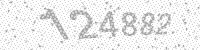
Solution: 124882